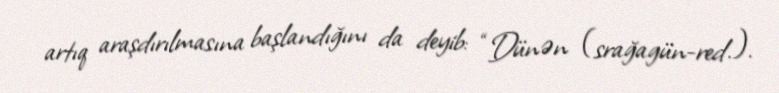
artıq araşdırılmasına başlandığını da deyib: “Dünən (srağagün-red.).